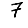
Digit: 7